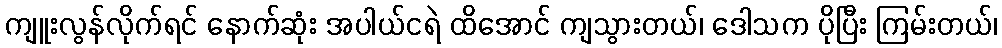
ကျူးလွန်လိုက်ရင် နောက်ဆုံး အပါယ်ငရဲ ထိအောင် ကျသွားတယ်၊ ဒေါသက ပိုပြီး ကြမ်းတယ်၊